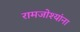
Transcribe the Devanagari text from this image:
रामजोश्यांना